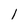
Character: l